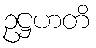
ဥဋ္ဌဟတိ